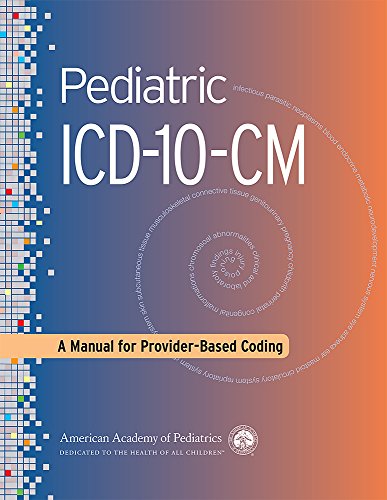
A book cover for Pediatric ICD-10-CM: A Manual for Provider-Based Coding; American Academy of Pediatrics; Medical Books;